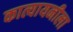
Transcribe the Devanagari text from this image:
कात्यायनीला